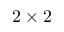
2 \times 2